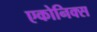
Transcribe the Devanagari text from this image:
एकोनिक्स